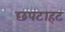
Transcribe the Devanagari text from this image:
छपटाहट